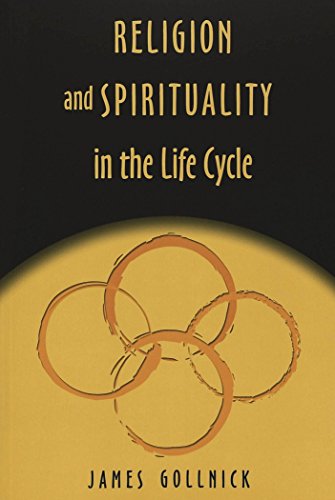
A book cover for Religion and Spirituality in the Life Cycle (Studies in Education and Spirituality) (v. 9); James Gollnick; Religion & Spirituality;